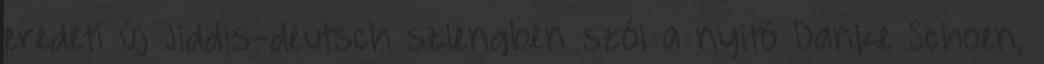
eredeti új Jiddis-deutsch szlengben szól a nyitó Danke Schoen,